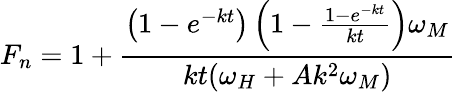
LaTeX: F_{n}=1+\frac{\left(1-e^{-kt}\right)\left(1-\frac{1-e^{-kt}}{kt}\right)\omega_{M}}{kt(\omega_{H}+Ak^{2}\omega_{M})}